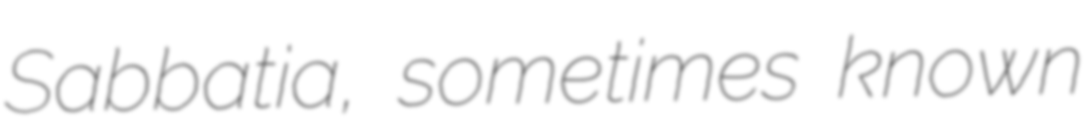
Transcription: Sabbatia, sometimes known